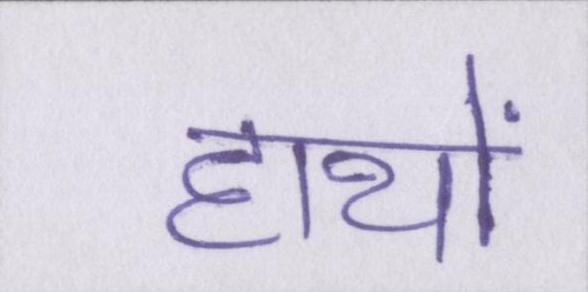
हाथों